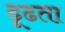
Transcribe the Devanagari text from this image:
ढ़ूढता